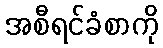
အစီရင်ခံစာကို